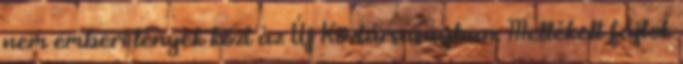
nem emberi lények közt az Új Köztársaságban. Mellékelt fájlok